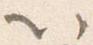
以